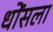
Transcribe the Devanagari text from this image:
धोंसला